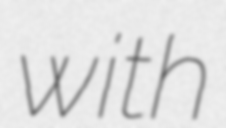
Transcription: with